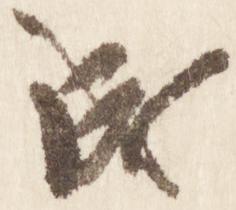
成